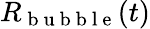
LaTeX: R_{\mathrm{~b~u~b~b~l~e~}}(t)